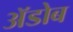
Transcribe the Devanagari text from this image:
ॲडोब